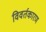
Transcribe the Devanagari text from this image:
विवर्तकारण